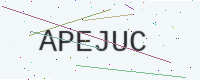
Text: APEJUC